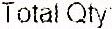
TOTAL QTY